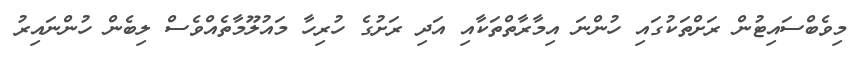
މިވެބްސައިޓުން ރަށްތަކުގައި ހުންނަ އިމާރާތްތަކާއި އަދި ރަށުގެ ހުރިހާ މައުލޫމާތެއްވެސް ލިބެން ހުންނައިރު